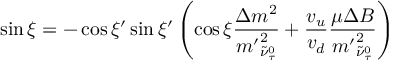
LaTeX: \sin \xi = - \cos \xi ^ { \prime } \sin \xi ^ { \prime } \left( \cos \xi \frac { \Delta m ^ { 2 } } { { m ^ { \prime } } _ { \tilde { \nu } _ { \tau } ^ { 0 } } ^ { 2 } } + \frac { v _ { u } } { v _ { d } } \frac { \mu \Delta B } { { m ^ { \prime } } _ { \tilde { \nu } _ { \tau } ^ { 0 } } ^ { 2 } } \right)